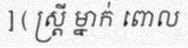
] ( ស្ត្រី ម្នាក់ ពោល